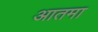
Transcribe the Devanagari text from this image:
आतमा